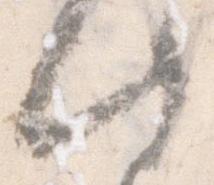
此